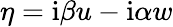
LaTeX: \eta=\mathrm{i}\beta u-\mathrm{i}\alpha w